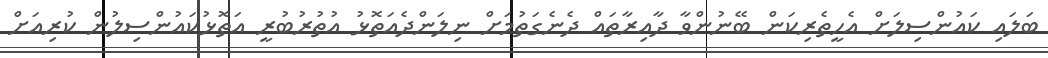
ބަލައި ކައުންސިލަށް އެހީތެރިކަން ބޭނުންވާ ދާއިރާތައް ދެނެގަތުމަށް ނިލަންދެއަތޮޅު އުތުރުބުރީ އަތޮޅުކައުންސިލުން ކުރިއަށް